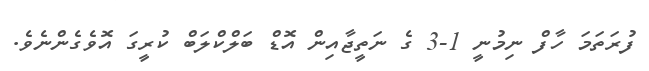
ފުރަތަމަ ހާފް ނިމުނީ 1-3 ގެ ނަތީޖާއިން އޮޑް ބަލްކްލަބް ކުރީގަ އޮވެގެންނެވެ.